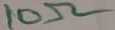
Text: 10Ω